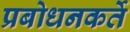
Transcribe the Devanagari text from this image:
प्रबोधनकर्ते